Annual report on the working of the mental hospitals in the Madras Presidency - 1912-1932
Year: 1912
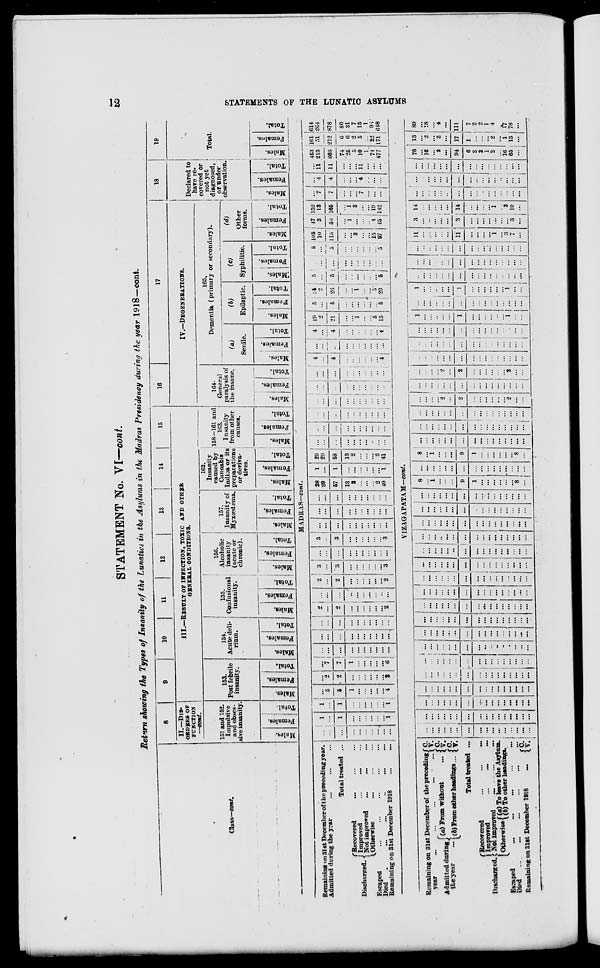
12
STATEMENTS OF THE LUNATIC ASYLUMS
STATEMENT No. VI—cont.
Return showing the Types of Insanity of the Lunatics in the Asylums in the Madras Presidency during the year 1918—cont.
Class—cont.
8
II.—DIS-
ORDERS OF
FUNCTION
—cont.
151 and 152.
Impulsive
and obses-
sive insanity.
Males.
Females.
Total.
9
10
11
12
13
14
15
III.—RESULT OF INFECTION, TOXIC AND OTHER
GENERAL CONDITIONS.
153.
Post febrile
insanity.
Males.
Females.
Total.
154.
Acute deli-
rium.
Males.
Females.
Total.
155.
Confusional
insanity.
Males.
Females.
Total.
156.
Alcoholic
insanity
(acute or
chronic).
Males.
Females.
Total.
157.
Insanity of
Myxœdema.
Males.
Females.
Total.
162.
Insanity
caused by
Cannabis
Indica or its
preparations
or deriva-
tives.
Males.
Females
Total.
158—161 and
163.
Insanity
from other
causes.
Males.
Females.
Total.
16
17
IV.—DEGENERATIONS.
164.
General
paralysis of
the insane.
Males.
Females.
Total.
165.
Dementia (primary or secondary).
(a)
Senile.
Males.
Females.
Total.
(b)
Epileptic.
Males.
Females.
Total.
(c)
Syphilitic.
Males.
Females.
Total.
(d)
Other
forms.
Males.
Females.
Total.
18
Declared to
have re-
covered or
not yet
diagnosed,
or under
observation.
Males.
Females.
Total.
19
Total.
Males.
Females.
Total.
MADRAS—cont.
Remaining on 31 st December of the preceding year.
Admitted during the year ... ... ...
Total treated ...
Discharged.
Recovered ... ... ...
Improved ... ... ...
Not improved
...
...
...
Otherwise ... ... ...
Escaped ... ... ... ... ...
Died ... ... ... ... ... ...
Remaining on 31st December 1918 ... ...
...
...
...
...
...
...
...
...
...
...
1
...
1
...
...
...
...
...
...
1
1
...
1
...
...
...
...
...
...
1
...
5
5
1
...
...
...
...
...
4
...
2
2
...
...
...
...
...
...
2
...
7
7
1
...
...
...
...
...
6
...
...
...
...
...
...
...
...
...
...
...
...
...
...
...
...
...
...
...
...
...
...
...
...
...
...
...
...
...
...
2
...
2
...
...
...
...
...
...
2
...
...
...
...
...
...
...
...
...
...
2
...
2
...
...
...
...
...
...
2
3
...
3
...
...
...
...
...
...
3
...
...
...
...
...
...
...
...
...
...
3
...
3
...
...
...
...
...
...
3
...
...
...
...
...
...
...
...
...
...
...
...
...
...
...
...
...
...
...
...
...
...
...
...
...
...
...
...
...
...
28
29
57
13
2
...
...
...
2
40
1
...
1
...
...
...
...
...
...
1
29
29
58
13
2
...
...
...
2
41
...
...
...
...
...
...
...
...
...
...
...
...
...
...
...
...
...
...
...
...
...
...
...
...
...
...
...
...
...
...
...
...
...
...
...
...
...
...
...
...
...
...
...
...
...
...
...
...
...
...
...
...
...
...
...
...
...
...
...
...
4
...
4
...
...
...
...
...
...
4
...
...
...
...
...
...
...
...
...
...
4
...
4
...
...
...
...
...
...
4
19
2
21
...
...
1
...
...
5
15
5
...
5
...
...
...
...
...
...
5
24
2
26
...
...
1
...
...
5
20
5
...
5
...
...
...
...
...
...
5
...
...
...
...
...
...
...
...
...
...
5
...
5
...
...
...
...
...
...
5
105
10
115
...
...
3
...
...
15
97
47
3
50
...
1
...
...
... 4
45
152
13
165
...
1
3
...
...
19
142
...
7
7
...
...
...
7
...
...
...
...
4
4
...
...
...
4
...
...
...
...
11
11
...
...
...
11
...
...
...
453
213
666
74
25
5
10
1
74
477
161
51
212
6
6
2
5
...
22
171
614
264
878
80
31
7
15
1
96
648
VIZAGAPATAM—cont.
Remaining on 31st December of the preceding
year
...
...
...
...
...
Admitted during
the year ...
(a) From without
...
(b) From other headings ...
C.
V.
C. V.
C. V.
Total treated ...
Discharged.
Recovered
... ... ...
Improved
...
...
...
Not improved
...
...
...
Otherwise (a) To leave the Asylum.
(b) To other headings.
Escaped
...
...
...
...
...
Died
...
...
...
...
...
...
Remaining on 31st December 1918 ...
C. V.
...
...
...
...
...
...
...
...
...
...
...
...
...
...
...
...
...
...
... ...
...
...
...
...
...
...
...
...
...
...
...
...
...
...
...
...
...
...
...
...
...
...
...
...
...
...
...
...
...
...
...
...
...
...
...
...
...
...
...
...
...
...
...
...
...
...
...
...
...
...
...
...
...
...
...
...
...
...
...
...
...
...
...
...
...
...
...
...
...
...
...
...
...
...
...
...
...
...
...
...
... ...
...
...
...
..
...
...
...
...
...
...
...
...
... ...
...
...
...
...
...
...
...
...
...
...
...
...
...
...
...
...
...
...
...
...
...
...
...
...
...
...
...
...
...
...
...
...
...
...
...
...
...
...
...
...
...
...
...
...
...
...
...
...
...
...
...
...
...
...
...
...
...
...
...
...
...
...
...
...
...
...
...
...
...
...
...
...
...
...
...
...
...
...
...
...
...
...
...
...
...
...
...
...
...
...
...
...
...
...
... ...
...
...
...
...
...
...
...
...
...
...
...
...
...
...
...
...
...
...
...
...
...
...
...
...
...
...
...
...
...
...
...
...
...
...
...
...
...
...
...
...
...
...
...
...
...
...
... ...
...
...
...
...
...
...
...
...
...
...
...
...
...
...
...
...
...
...
...
...
...
...
...
...
...
...
...
...
8
...
1
...
...
...
9
1
...
...
...
...
...
...
8
...
...
...
...
...
...
...
...
...
...
...
...
...
...
...
...
...
8
...
1
...
...
...
9
1
...
...
...
...
...
...
8
...
...
...
...
...
...
...
...
...
...
...
...
...
...
...
...
...
...
...
...
...
...
...
...
...
...
...
...
...
...
...
...
...
...
...
...
...
...
...
...
...
...
...
...
...
...
...
...
...
...
...
...
...
2
...
2
...
...
...
...
...
...
2
...
...
...
...
...
...
...
...
...
...
...
...
...
...
...
...
...
...
...
...
...
...
2
...
2
...
...
...
...
...
...
2
...
...
...
...
...
...
...
...
...
...
...
...
...
...
...
...
...
...
...
...
...
...
...
...
...
...
...
...
...
...
...
...
...
...
...
...
...
...
...
...
...
...
...
...
...
...
...
...
...
...
1
...
...
...
...
...
1
...
...
...
...
...
...
1
...
...
...
...
...
...
...
...
...
...
...
...
...
...
...
...
...
...
1
...
...
...
... ...
1
...
...
...
...
...
...
1
...
...
...
...
...
...
...
...
...
...
...
...
...
...
...
...
...
...
...
...
...
...
...
...
...
...
...
...
...
...
...
...
...
...
...
...
...
...
...
...
...
...
...
...
...
...
...
...
...
...
11
...
...
...
...
...
11
...
...
...
...
1
...
3
7
...
3
...
... ...
...
...
3
...
...
...
...
...
...
...
3
...
14
...
...
...
...
...
14
...
...
...
...
1
...
3
10
...
...
...
...
...
...
...
...
...
...
...
...
...
...
...
...
...
...
...
...
...
...
...
...
...
...
...
...
....
...
...
...
...
...
...
...
...
...
...
...
...
...
...
...
...
...
...
...
...
76
...
16
...
2
...
94
6
2
2
1
2
...
16
65
...
13
...
2
...
2
...
17
1
...
...
...
2
...
1
13
...
89
...
18
...
4
...
111
7
2
2
1
4
...
17
78
...